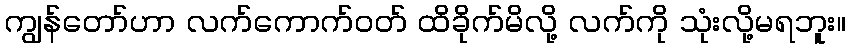
ကျွန်တော်ဟာ လက်ကောက်ဝတ် ထိခိုက်မိလို့ လက်ကို သုံးလို့မရဘူး။